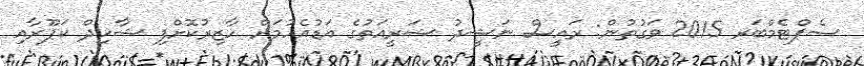
ސެޕްޓެމްބަރ 2015 ވަގުތުން: ރައީސް ނަޝީދު ޝަރީއަތުގެ އަޑުއެހުމަށް ހާޒިރުކޮށްފި ޝާހިދް ކަޕޫރާއި